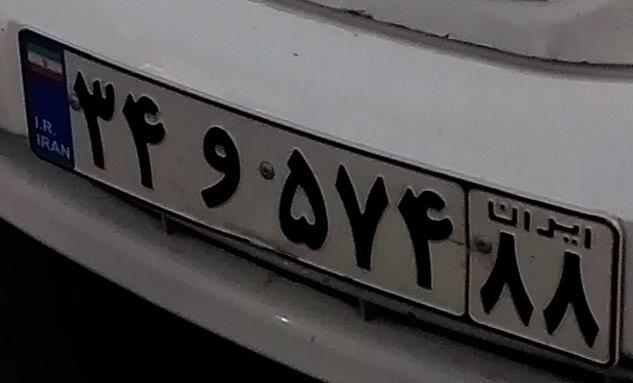
۳۴و۵۷۴۸۸